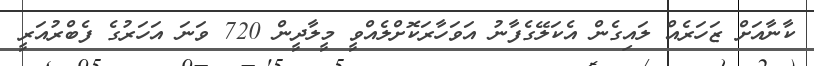
ކާނާއަށް ޒަހަރެއް ލައިގެން އެކަލޭގެފާނު އަވަހާރަކޮށްލެއްވީ މީލާދީން 720 ވަނަ އަހަރުގެ ފެބްރުއަރީ